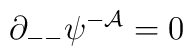
\partial_{--}\psi^{-{\cal A}}=0